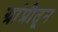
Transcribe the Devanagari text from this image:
ग्रांप्रीतून